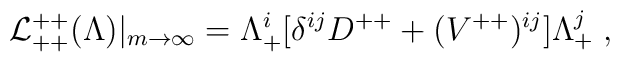
{\cal L}^{++}_{++}(\Lambda)|_{m\rightarrow\infty} = \Lambda^i_+[\delta^{ij}D^{++} +({V}^{++})^{ij}]  \Lambda^j_+\; ,